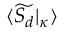
\langle \widetilde { S _ { d } } | _ { \kappa } \rangle